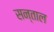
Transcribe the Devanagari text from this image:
सन्ताल